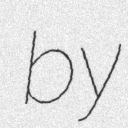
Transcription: by